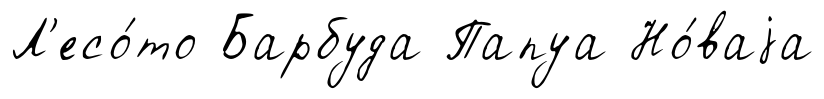
Л'есо́то Барбуда Папуа Но́ваjа